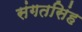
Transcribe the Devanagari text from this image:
संगतसिंह